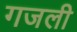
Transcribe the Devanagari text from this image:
गजली